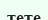
тете